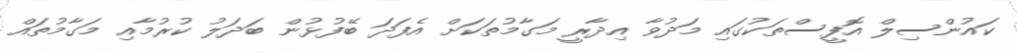
ކައުންސިލް އޮފީސްތަކުގައި މަދުވާ އިދާރީ މަގާމުތަކަށް އެފަދަ ބޭފުޅުން ބަދަލު ކުރުމާއި މަގާމުތައް